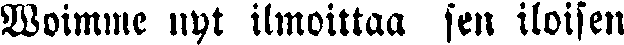
Woimme nyt ilmoittaa sen iloisen